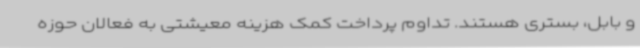
و بابل، بستری هستند. تداوم پرداخت کمک هزینه معیشتی به فعالان حوزه